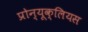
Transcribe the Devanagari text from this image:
प्रोन्यूक्लियस